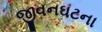
જીવનઘટના